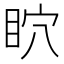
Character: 𥄴